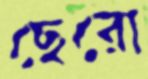
ছেরো